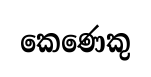
කෙණෙකු